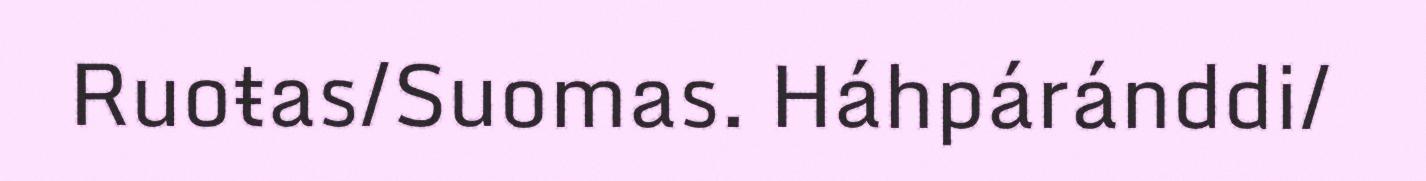
Ruoŧas/Suomas. Háhpáránddi/